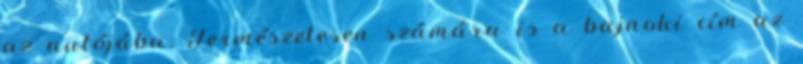
az autójába. Természetesen számára is a bajnoki cím az